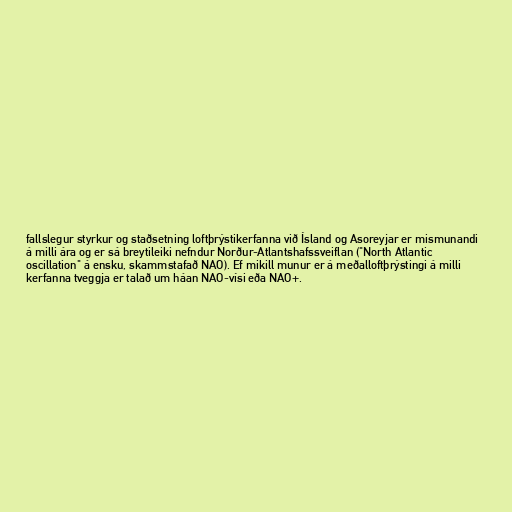
fallslegur styrkur og staðsetning loftþrýstikerfanna við Ísland og Asoreyjar er mismunandi
á milli ára og er sá breytileiki nefndur Norður-Atlantshafssveiflan ("North Atlantic
oscillation" á ensku, skammstafað NAO). Ef mikill munur er á meðalloftþrýstingi á milli
kerfanna tveggja er talað um háan NAO-vísi eða NAO+.